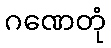
ဂဏေတုံ